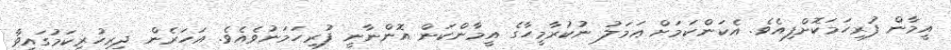
އީމާން ފުރިހަމަކޮށްފިއެވެ. އެކަންކަމަށް ޢަމަލު ނުކުރާމީހާގެ އީމާންކަން އޮންނާނީ ފުރިހަމަނުވެއެވެ. އަހަރެން ދިރިހުރިކަމުގައިވާ